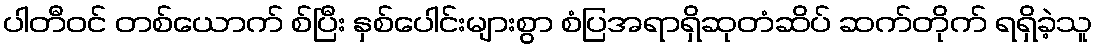
ပါတီဝင် တစ်ယောက် စ်ပြီး နှစ်ပေါင်းများစွာ စံပြအရာရှိဆုတံဆိပ် ဆက်တိုက် ရရှိခဲ့သူ